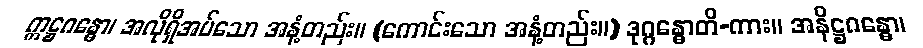
ဣဋ္ဌဂန္ဓော၊ အလိုရှိအပ်သော အနံ့တည်း။ (ကောင်းသော အနံ့တည်း။) ဒုဂ္ဂန္ဓောတိ-ကား။ အနိဋ္ဌဂန္ဓော၊